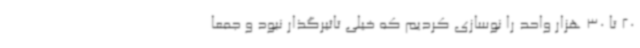
20 تا 30 هزار واحد را نوسازی کردیم که خیلی تاثیرگذار نبود و جمعاً